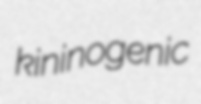
kininogenic